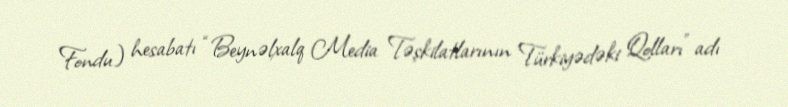
Fondu) hesabatı “Beynəlxalq Media Təşkilatlarının Türkiyədəki Qolları” adı